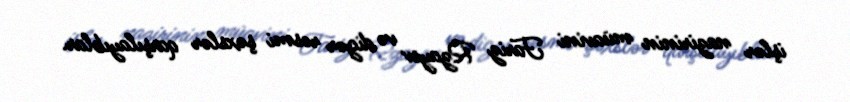
işlər nazirinin müavini Fariz Rzayev və digər rəsmi şəxslər qarşılayıblar.